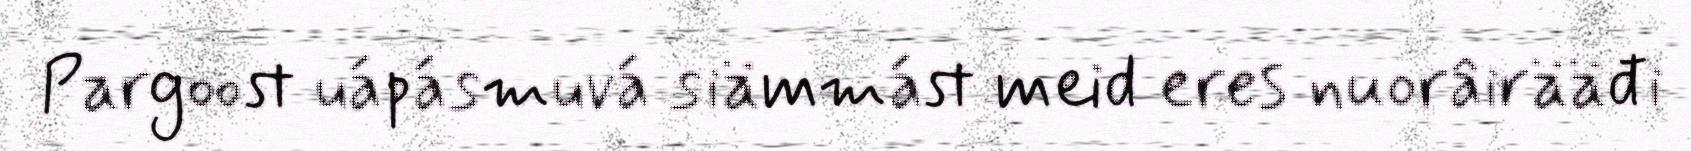
Pargoost uápásmuvá siämmást meid eres nuorâirääđi